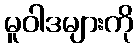
မူဝါဒများကို